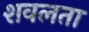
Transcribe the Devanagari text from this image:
शवलता